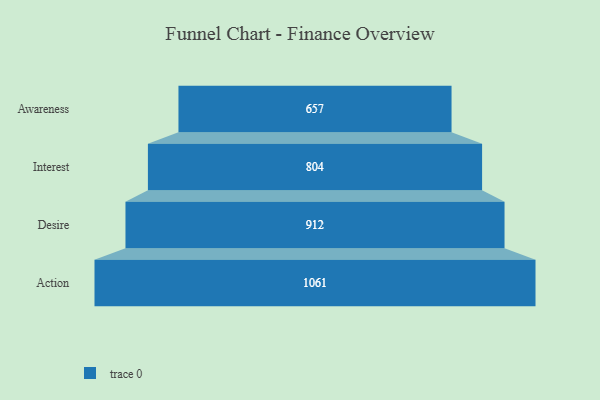
{"axis": {"x": "Stage", "y": "Value"}, "legend": [""], "data": [{"x": "Awareness", "y": 657.0, "type": ""}, {"x": "Interest", "y": 804.0, "type": ""}, {"x": "Desire", "y": 912.0, "type": ""}, {"x": "Action", "y": 1061.0, "type": ""}]}